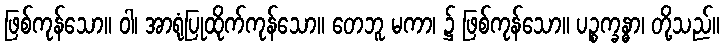
ဖြစ်ကုန်သော။ ဝါ၊ အာရုံပြုထိုက်ကုန်သော။ တေဘူ မကာ၊ ၌ ဖြစ်ကုန်သော။ ပဉ္စက္ခန္ဓာ၊ တို့သည်။